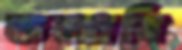
ভজাবি